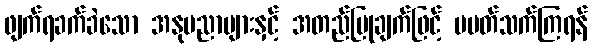
ဖျက်ရခက်ခဲသော အနုပညာများနှင့် အတည်ပြုချက်ဖြင့် မပတ်သက်ကြရန်